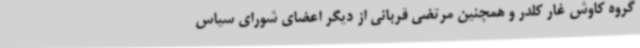
گروه کاوش غار کلدر و همچنین مرتضی قربانی از دیگر اعضای شورای سیاس